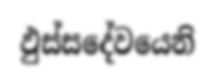
ඵුස්සදේවයෙනි